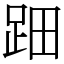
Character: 䟧